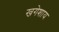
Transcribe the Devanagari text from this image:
खगेशाय